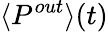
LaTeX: \langle P^{out}\rangle(t)